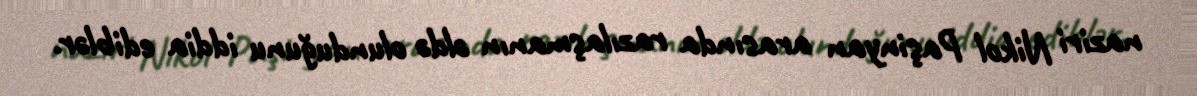
naziri Nikol Paşinyan arasında razılaşmanın əldə olunduğunu iddia ediblər.